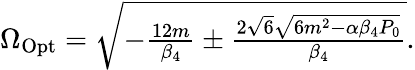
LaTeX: \begin{array}{r}{\Omega_{\mathrm{Opt}}=\sqrt{-\frac{12m}{\beta_{4}}\pm\frac{2\sqrt{6}\sqrt{6m^{2}-\alpha\beta_{4}P_{0}}}{\beta_{4}}}.}\end{array}